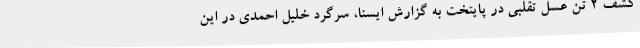
کشف 2 تن عسل تقلبی در پایتخت به گزارش ایسنا، سرگرد خلیل احمدی در این